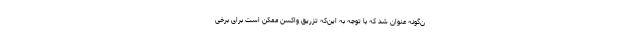
ن‌گونه عنوان شد که با توجه به این‌که تزریق واکسن ممکن است برای برخی